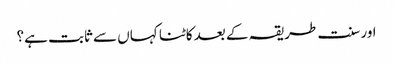
اور سنت طریقہ کے بعد کاٹنا کہاں سے ثابت ہے؟